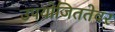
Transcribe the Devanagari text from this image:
उपयोजिततेवर